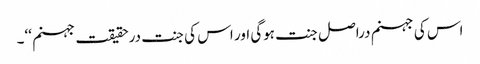
اس کی جہنم دراصل جنت ہوگی اور اس کی جنت درحقیقت جہنم ‘‘۔